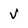
Character: V